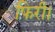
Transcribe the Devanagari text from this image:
फिरी।